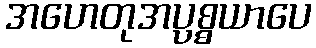
အဟေတုအပ္ပစ္စယာပေ